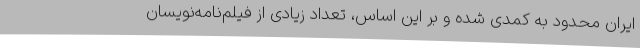
ایران محدود به کمدی شده و بر این اساس، تعداد زیادی از فیلم‌نامه‌نویسان